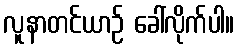
လူနာတင်ယာဉ် ခေါ်လိုက်ပါ။